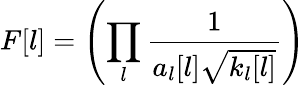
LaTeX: F[l]=\left(\prod_{l}\frac{1}{a_{l}[l]\sqrt{k_{l}[l]}}\right)